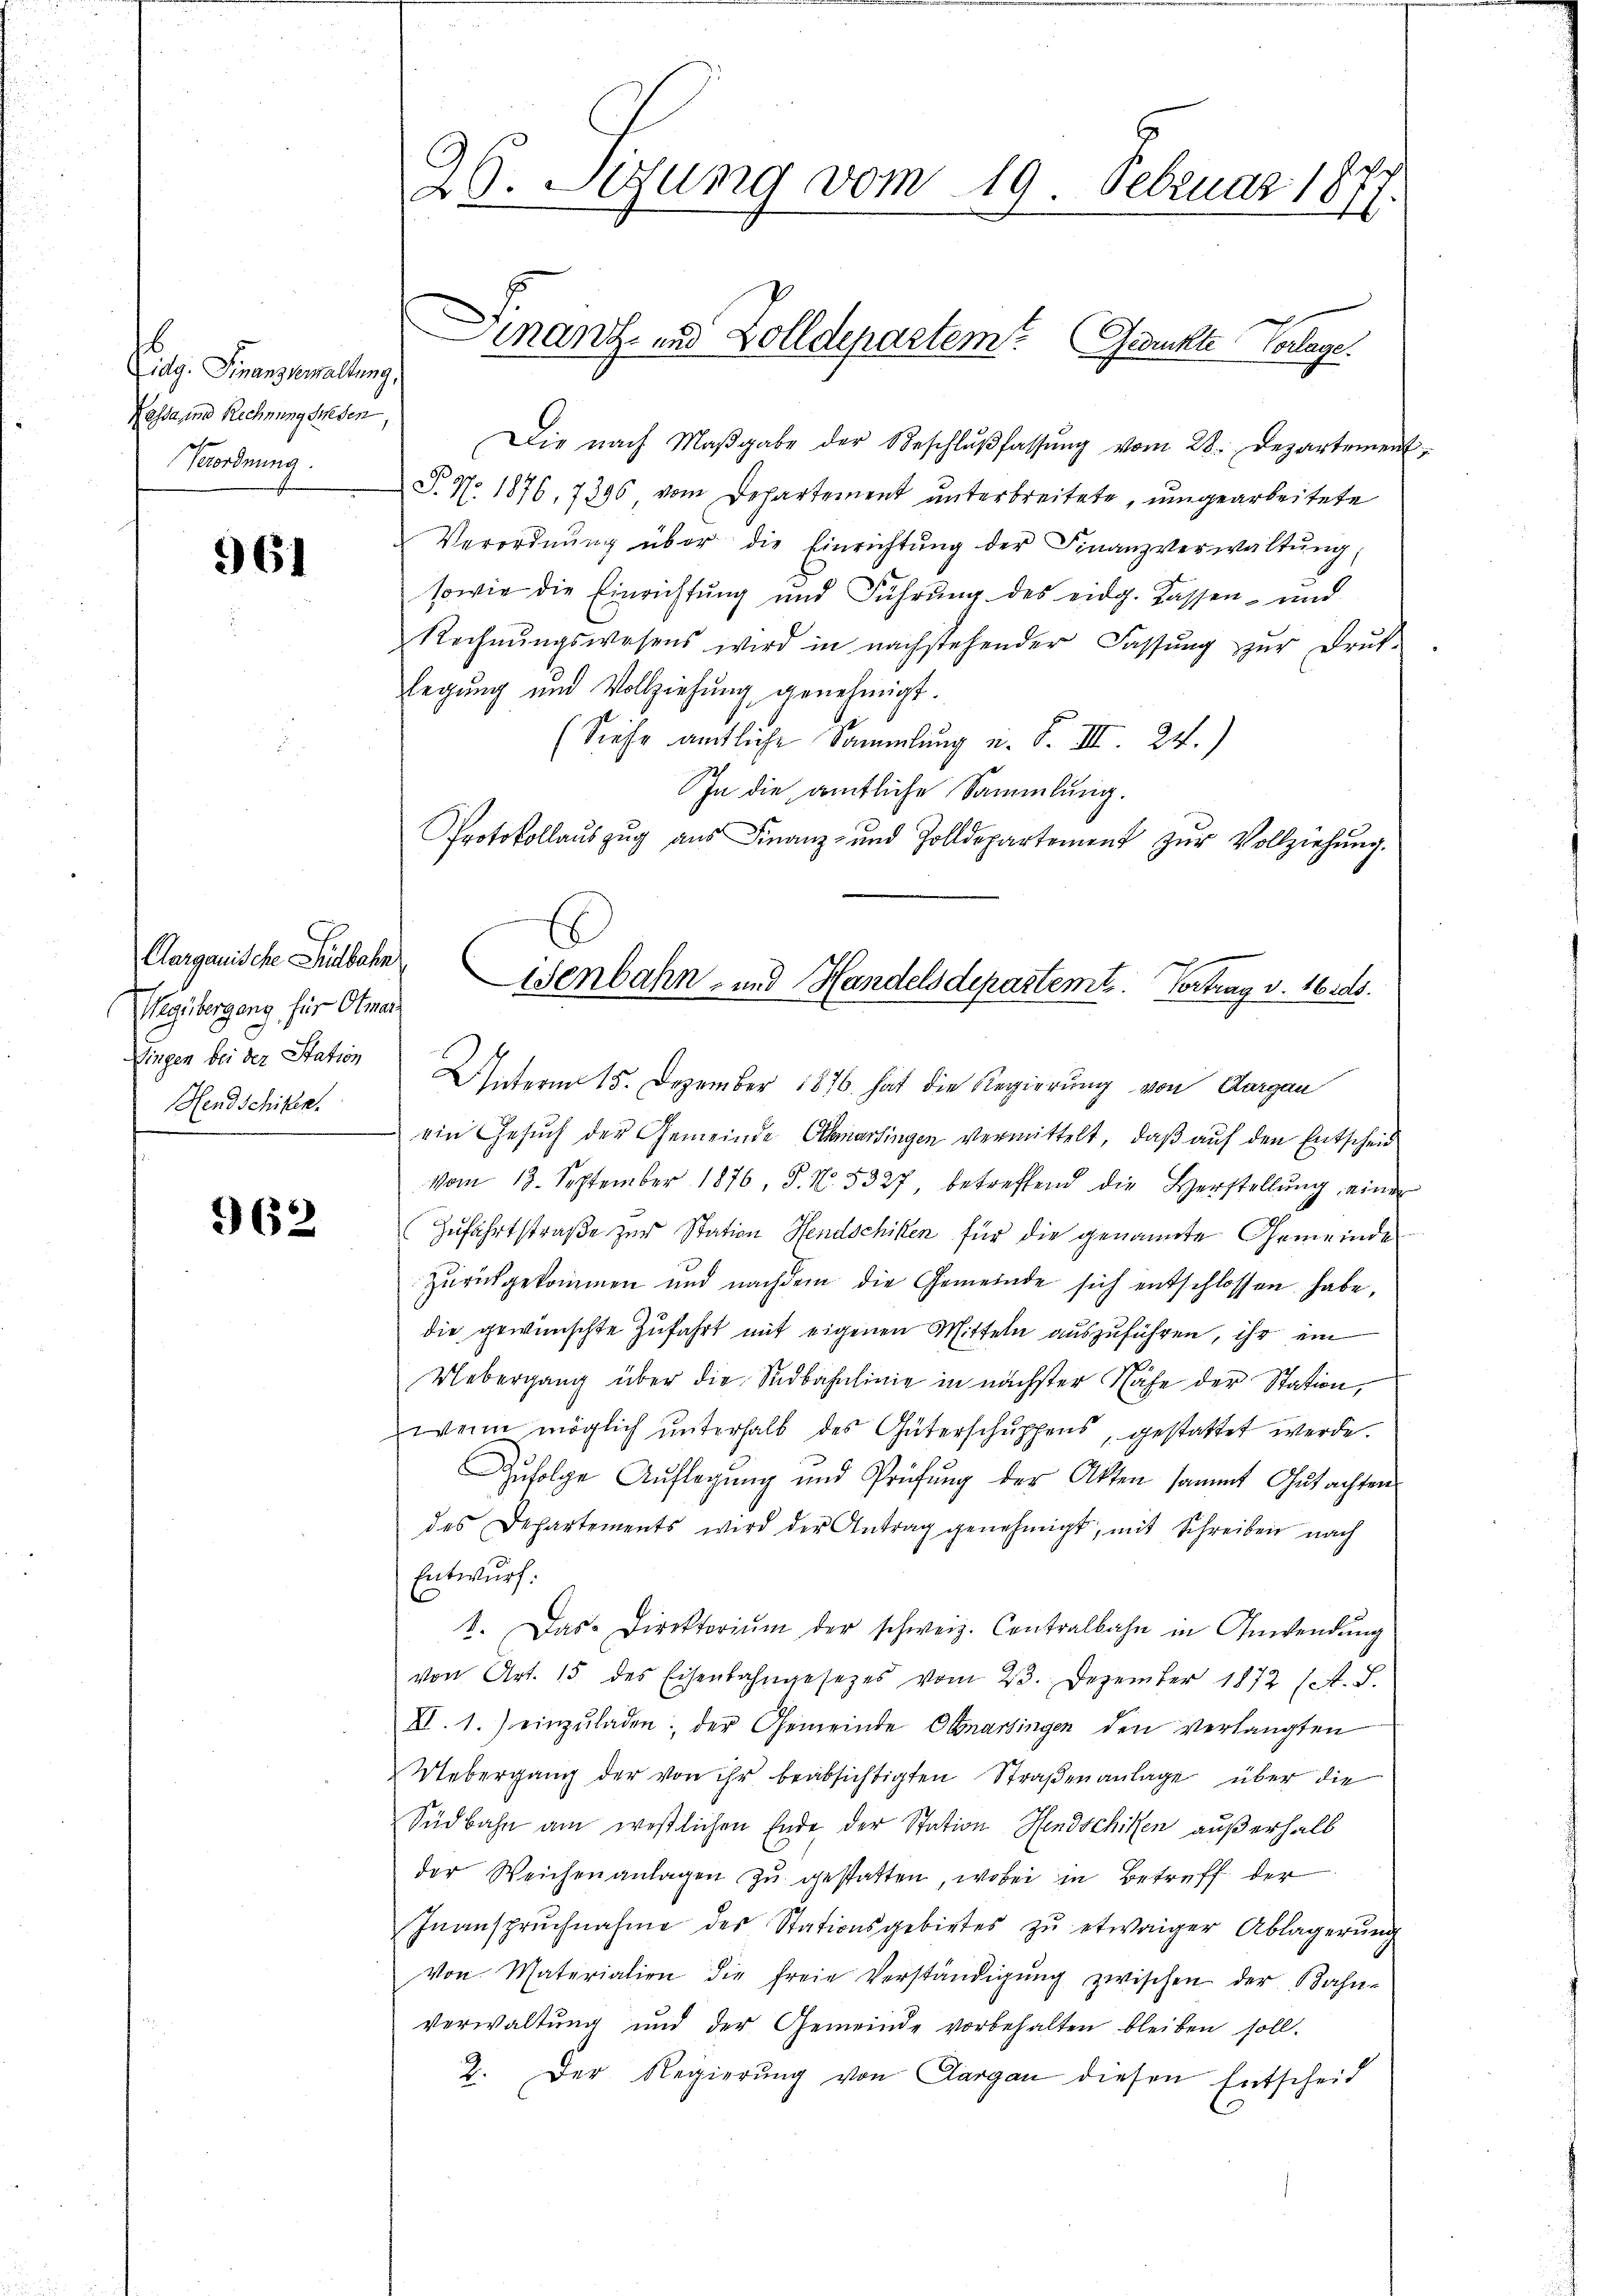
Eidg. Finanzemaltung,
Ressa, und Rechnung Greden,
Verordnung.

361

Aargauische Südbahn
Wegübergang für Otmar
Singen bei der Station
Hendschiken.

962

29. Sizung vom 19. Februar 181

Die nach Maβgabe der Beschlŭβfassŭng vom 28. Departement
T. No. 1876, 7396 vom Departement unterbreitete, umgearbeitete
Verordnŭng über die Einrichtŭng der Finanzverwaltŭng,
sowie die Einrichtung und Führung des eidg. Kassen- und
Rechnŭngswesens wird in nachstehender Fassŭng zŭr Drŭk-
Legung und Vollziehung genehmigt.
(Siehe amtliche Sammlung u. F. III. 22.)
In die amtliche Sammlung.
Unterm 15. Dezember 1876 hat die Regierung von Aargau
ein Gesuch der Gemeinde Anartingen vermittelt, daß auf den Entscheid
Vom 13. September 1876, S. N. 5327, betreffend die Herstellŭng einer
Zufahrtstraße zur Station Hendschikten für die genannte Gemeinde
zŭrückgekommen und nachdem die Gemeinde sich entschlossen habe,
die gewünschte Zufahrt mit eigenen Mitteln auszuführen, ihr ein
Uebergang über die Südbahnlinie in nächster Nähe der Station,
wenn möglich ŭnterhalb des Güterschŭppens, gestattet werde.
Zŭfolge Auflegŭng und Prüfŭng der Akten sammt Gutachten
des Departements wird der Antrag genehmigt, mit Schreiben nach
Entwurf:
1. Das Direktoriŭm der schweiz. Contralbahn in Anwendŭng
von Art. 15 des Eisenbahngesetzes vom 23. Dezember 1872 st. S.
XI. 1.) einzuladen; der Gemeinde Obnarsingen den verlangten
Uebergang der von ihr beabsichtigten Straßenanlage über die
Südbahn am westlichen Ende der Station Hendschiffen außerhalb
der Weichenanlagen zŭ gestatten, wobei in Betreff der
Inansprŭchnahme des Stationsgebietes zŭ etwaiger Ablagerŭng
Von Materialien die freie Verständigŭng zwischen der Bahn-
Verwaltung und der Gemeinde vorbehalten bleiben soll.
2. Der Regierŭng von Aargau diesen Entscheid

Finanz- und Zolldepartem Gesuchte Vorlage.

Protokollaŭszŭg aŭs Finanz- und Zolldepartement zŭr Vollziehŭng.
senbahn- und Handelsdepartemt. Vortrag v. 16105.